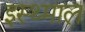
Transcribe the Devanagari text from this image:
इस्थ्माल